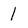
Character: 1